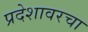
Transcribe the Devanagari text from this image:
प्रदेशावरचा